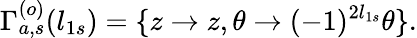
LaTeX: \Gamma_{a,s}^{(o)}(l_{1s})=\{ z\rightarrow z,\theta\rightarrow(-1)^{2l_{1s}}\theta\} .